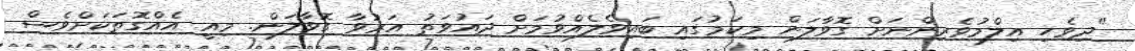
"ދިވެހި އިލްމުވެރިންނަށް ގޮވާލަން މިކަމުގައި ބައިވެލެއްވުމަށް ދައުވަތު އަރުވާ ގޮވާލަން. މިއީ އެއްގޮތަކަށްވެސް